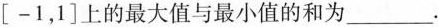
[在-1，1]上的最大值与最小值的和为___.